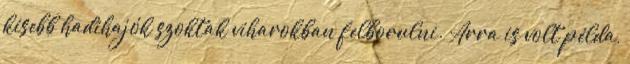
kisebb hadihajók szoktak viharokban felborulni. Arra is volt példa,